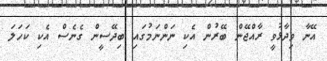
އޭނާ ވިދާޅުވީ ރާއްޖޭން ބޭރުން އެކި ނަންނަމުގައި ބިދޭސީން ގެނެސް އެކި ކަހަލަ